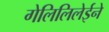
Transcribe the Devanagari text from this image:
गेलिलिलेईने